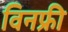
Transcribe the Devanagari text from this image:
विनफ्री